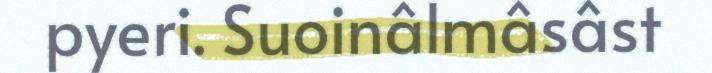
pyeri. Suoinâlmâsâst